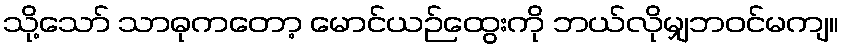
သို့သော် သာဓုကတော့ မောင်ယဉ်ထွေးကို ဘယ်လိုမျှဘဝင်မကျ။